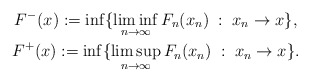
\begin{gather*}F^-(x):=\inf\{\liminf_{n\to\infty} F_n(x_n)\;:\;x_n\to x\},\\ F^+(x):=\inf\{\limsup_{n\to\infty} F_n(x_n)\;:\;x_n\to x\}. \end{gather*}